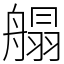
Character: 䑽